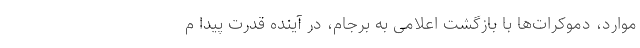
موارد، دموکرات‌ها با بازگشت اعلامی به برجام، در آینده قدرت پیدا م